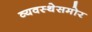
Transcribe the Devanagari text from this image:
व्यवस्थेसमोर